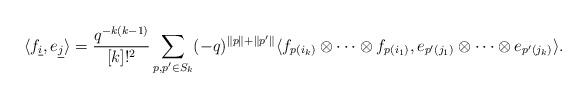
LaTeX: \begin{align*}\langle f_{\underline{i}}, e_{\underline{j}} \rangle = \frac{q^{- k (k - 1)}}{[k]!^2} \sum_{p, p^{\prime} \in S_{k}}(-q)^{\|p\| + \|p^{\prime}\|} \langle f_{p(i_{k})} \otimes \cdots \otimes f_{p(i_{1})}, e_{p^{\prime}(j_{1})}\otimes \cdots \otimes e_{p^{\prime}(j_{k})} \rangle.\end{align*}